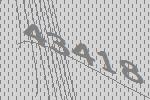
43418